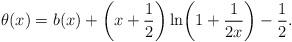
LaTeX: \begin{align*}\theta(x) =b(x)+\biggl(x+\frac12\biggr)\ln\biggl(1+\frac1{2x}\biggr)-\frac12.\end{align*}